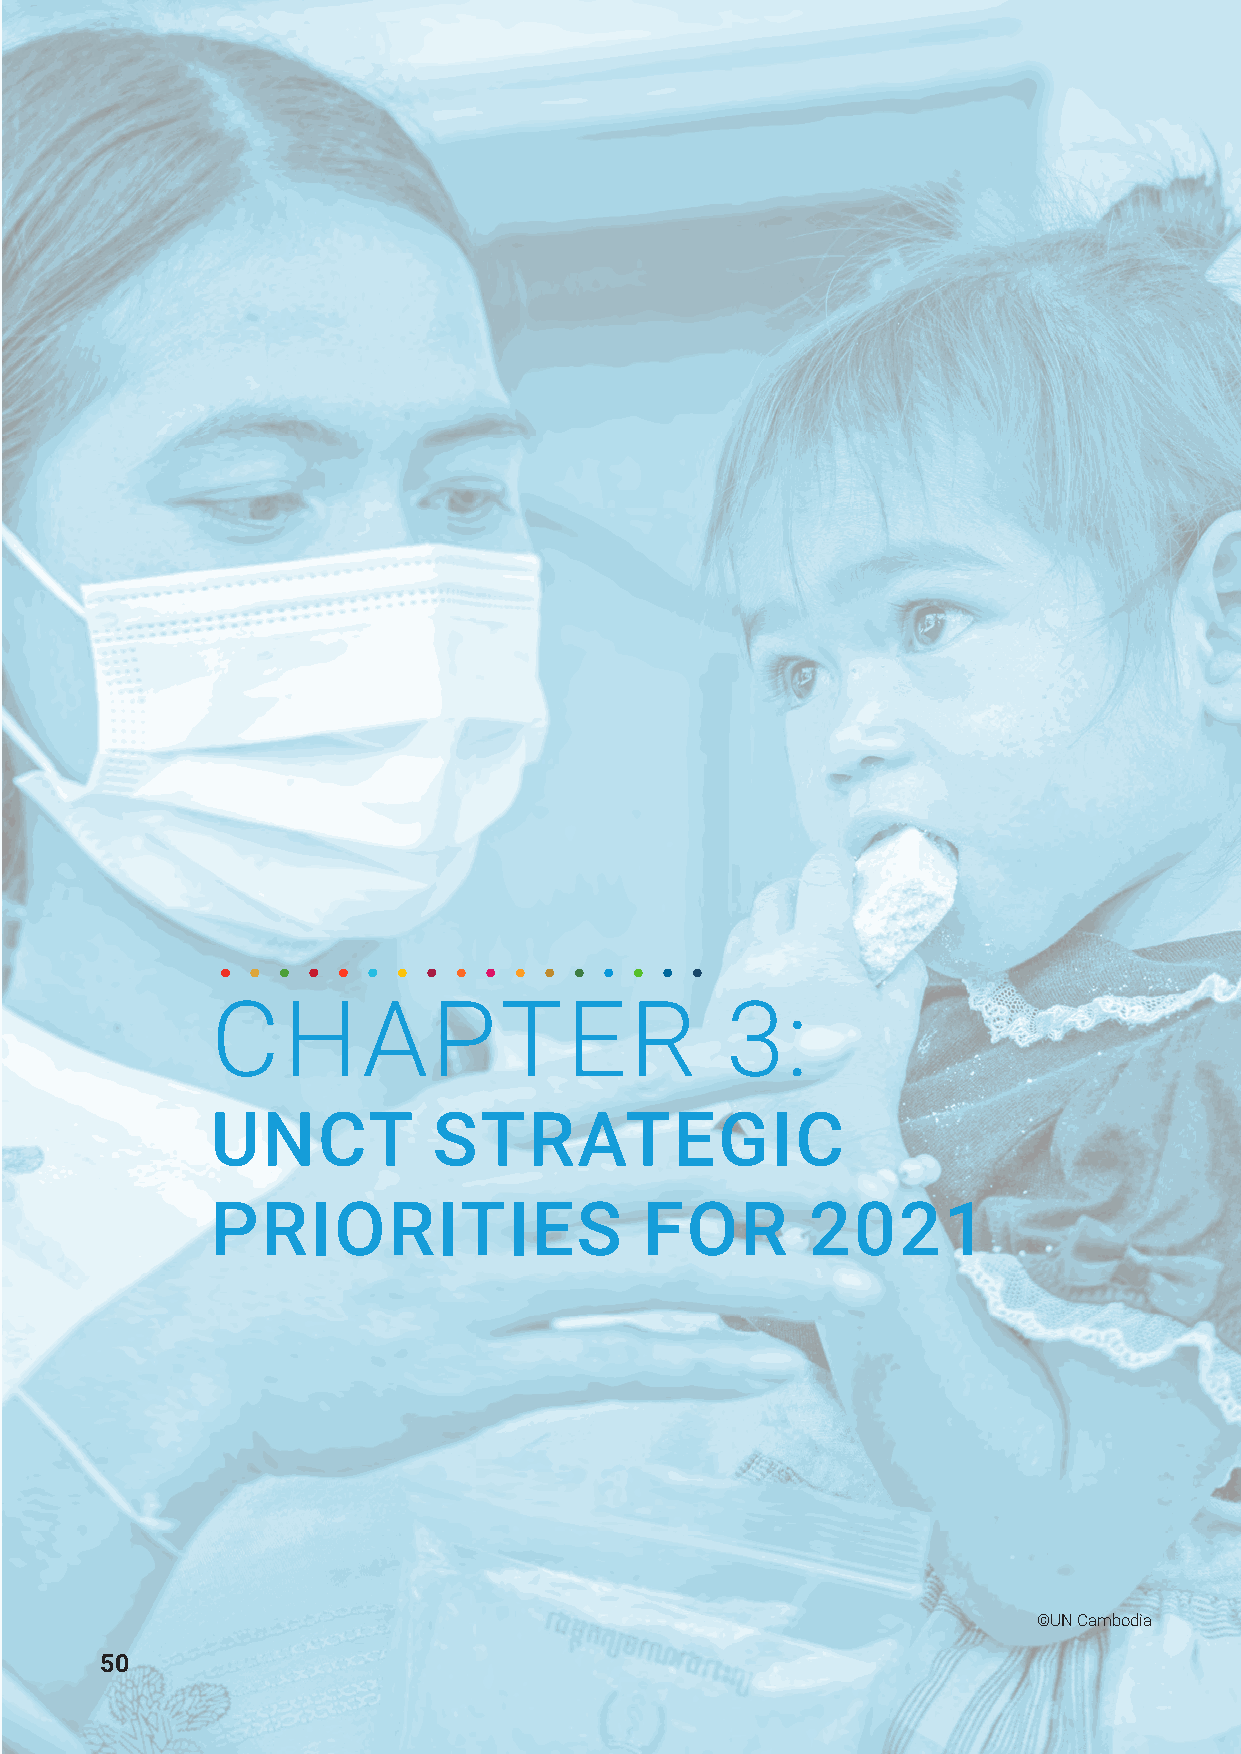
CHAPTER                           3:
 UNCT           STRATEGIC
 PRIORITIES                   FOR        2021
 ©UN Cambodia
 50